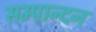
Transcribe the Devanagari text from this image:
सम्पान्दन